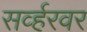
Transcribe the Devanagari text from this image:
सर्व्हरवर